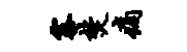
寨焚痛